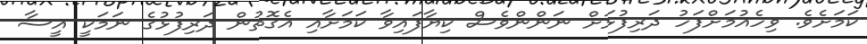
ކަމަށެވެ. ވިހެއުމަށްފަހު ދަރިފުޅަށް ނަންންވެސް ކިޔާފައިވާ ކަމަށާއި އެގޮތުން ދަރިފުޅުގެ ނަމަކީ އީސާ